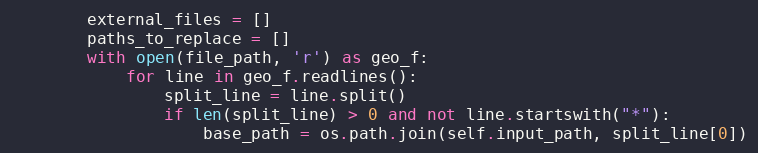
Language: Python
        external_files = []
        paths_to_replace = []
        with open(file_path, 'r') as geo_f:
            for line in geo_f.readlines():
                split_line = line.split()
                if len(split_line) > 0 and not line.startswith("*"):
                    base_path = os.path.join(self.input_path, split_line[0])